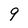
Character: 9